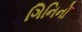
ગિનિનો